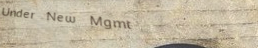
Under New Mgmt